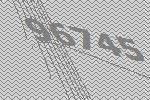
96745